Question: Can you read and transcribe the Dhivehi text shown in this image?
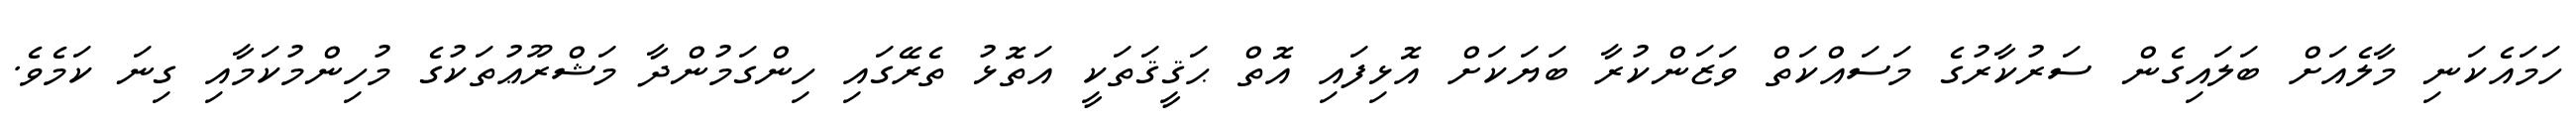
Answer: ހަމައެކަނި މާލެއަށް ބަލައިގެން ސަރުކާރުގެ މަސައްކަތް ވަޒަންކުރާ ބަޔަކަށް އޮޅިފައި އޮތް ޙަޤީޤަތަކީ އަތޮޅު ތެރޭގައި ހިންގަމުންދާ މަޝްރޫޢުތަކުގެ މުހިންމުކަމާއި ގިނަ ކަމެވެ.